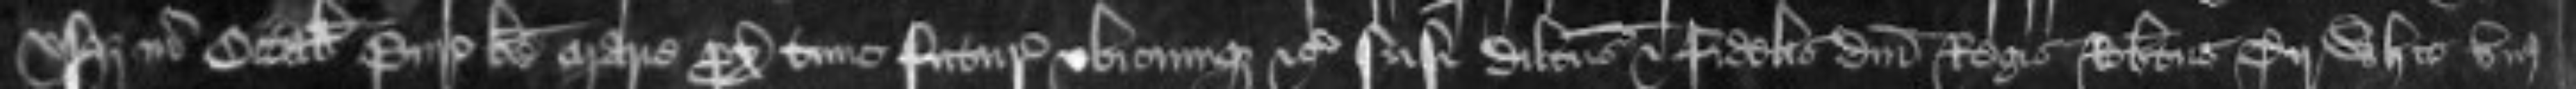
usque in Octabas Purificationis beate Marie proximas tune futuras ubicunque etc Nisi dilectus et fidelis domini Regis Robertus Tirwhit unus